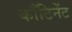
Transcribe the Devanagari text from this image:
काँटिनेंट